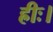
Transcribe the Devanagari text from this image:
ह्रीः।